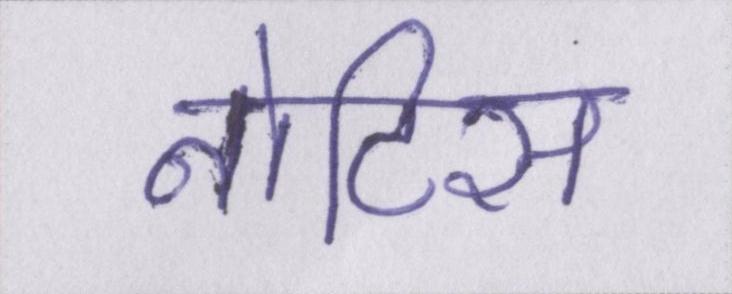
नोटिस